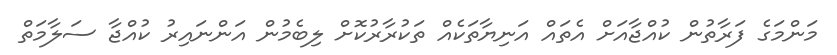
މަންމަގެ ފަރާތުން ކުއްޖާއަށް އެތައް އަނިޔާތަކެއް ތަކުރާރުކޮށް ލިބެމުން އަންނައިރު ކުއްޖާ ސަލާމަތް